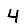
Digit: 4